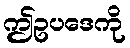
ဤဥပဒေကို